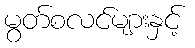
မွတ်စလင်များနှင့်